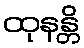
ထုနန္တိ